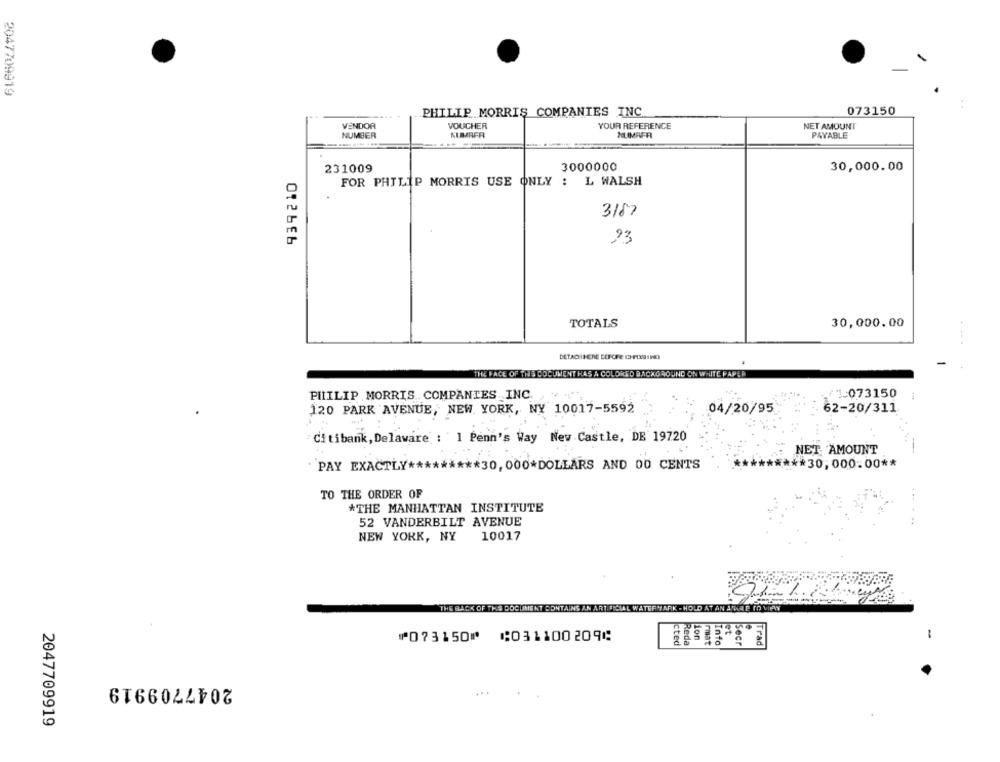
2047709919
..
PHILIP MORRIS COMPANIES INC
073150
VENDOR
VOUCHER
YOUR REFERENCE
NET AMOUNT
NUMBER
KUMRFR
HUMAFR
PAYABLE
231009
3000000
30,000.00
939210
FOR PHILIP MORRIS USE ONLY : L WALSH
3187
23
TOTALS
30,000.00
DETACHIHERE CEFORE O-FIXBIREY
TE FA
UMENT HAS A COLORED BACKGROUND ON WHITE PAPER
PHILIP MORRIS .. COMPANIES INC.
/1-073150
120 PARK AVENUE, NEW YORK, NY 10017-5592
04/20/95
62-20/311
Citibank, Delaware : 1 Penn's Way New Castle, DE 19720
NET AMOUNT
PAY EXACTLY ********* 30,000*DOLLARS AND 00 CENTS
*** 30,000.00 **
TO THE ORDER OF
*THE MANHATTAN INSTITUTE
52 VANDERBILT AVENUE
. ..
NEW YORK, NY
10017
THE BACK OF THIS DOCUMENT CONTAINS AN AR
RK - HOLD AT AN AT
⑈073150⑈ ⑆031100209⑆
Lon
Secr
Trad
-
cted
Reda
mat
nto
2047709919
2047709919